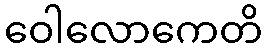
ဝေါလောကေတိ